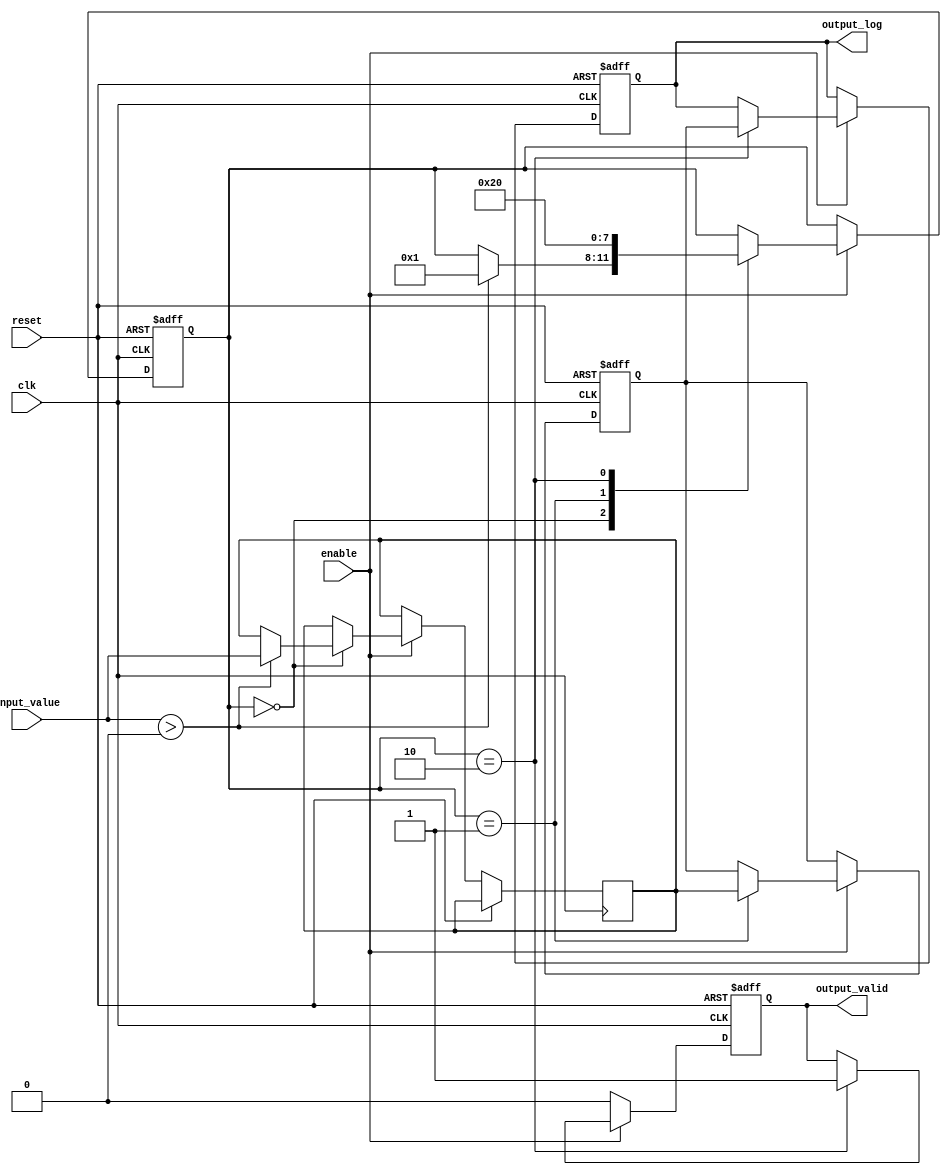
module LogarithmFunctionGenerator (
    input wire clk,
    input wire reset,
    input wire enable,
    input wire [15:0] input_value, // Fixed-point representation
    output reg [15:0] output_log,   // Fixed-point logarithmic output
    output reg output_valid
);

    // Internal Variables
    reg [15:0] x; // Input value
    reg [15:0] log_value;
    reg [3:0] state; // FSM state
    localparam IDLE = 4'b0000, PROCESS = 4'b0001, OUTPUT = 4'b0010;
    
    // Logarithm approximation constants for CORDIC
    reg [15:0] cordic_k[0:15]; // Predefined constants for convergence
    initial begin
        // Initialize CORDIC constants for fixed-point logarithm approximation
        // Populate with appropriate values, for example, 
        // These are just examples; adjust with correct precomputed values
        cordic_k[0] = 16'h0001;
        cordic_k[1] = 16'h1C71; // 1.41421356
        // Continue initializing other values...
        // Populate more cordic_k values as required
    end

    always @(posedge clk or posedge reset) begin
        if (reset) begin
            log_value <= 16'h0000;
            output_log <= 16'h0000;
            output_valid <= 1'b0;
            state <= IDLE;
        end
        else if (enable) begin
            case (state)
                IDLE: begin
                    if (input_value > 0) begin
                        x <= input_value; // Store input
                        state <= PROCESS;
                    end
                end
                PROCESS: begin
                    // Perform CORDIC or logarithmic approximation
                    // This is a simplified illustrative version
                    log_value <= x; // Replace with actual logarithmic computation logic
                    state <= OUTPUT;
                end
                OUTPUT: begin
                    output_log <= log_value; // Output computation result
                    output_valid <= 1'b1; // Mark output as valid
                    state <= IDLE; // Reset back to IDLE
                end
            endcase
        end else begin
            output_valid <= 1'b0; // If not enabled, output not valid
        end
    end

endmodule